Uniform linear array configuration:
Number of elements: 4
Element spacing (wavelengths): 0.75
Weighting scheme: hann
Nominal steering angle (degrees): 30
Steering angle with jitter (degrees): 31.032
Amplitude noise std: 0.05
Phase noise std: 0.05

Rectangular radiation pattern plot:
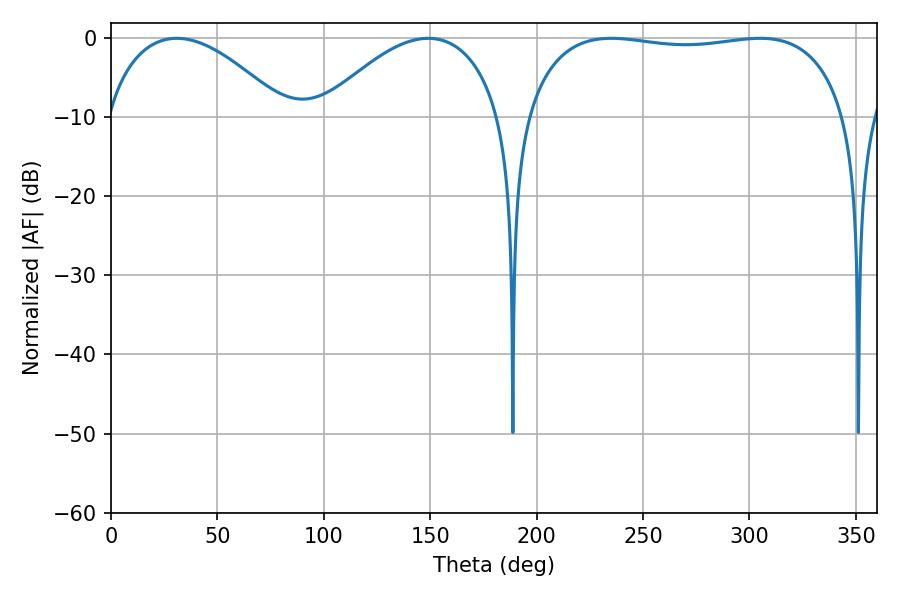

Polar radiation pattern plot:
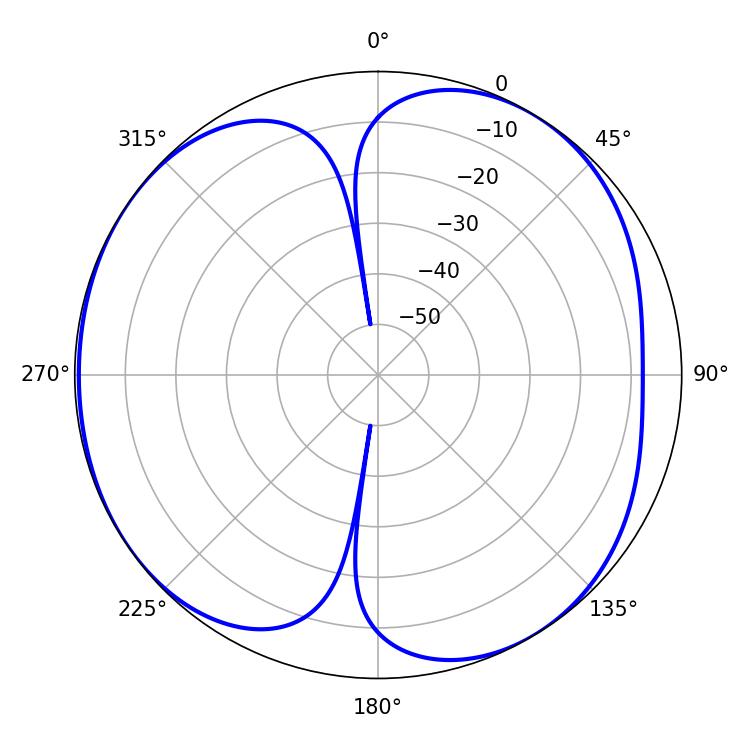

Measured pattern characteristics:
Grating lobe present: TRUE
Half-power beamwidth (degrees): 121.68
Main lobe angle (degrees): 235.08